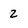
Character: 2